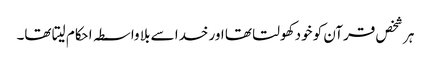
ہر شخص قرآن کو خود کھولتا تھا اور خدا سے بلا واسطہ احکام لیتا تھا۔